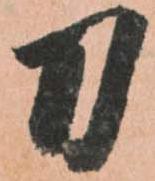
刀